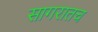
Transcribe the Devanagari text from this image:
सागरातच